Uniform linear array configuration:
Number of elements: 12
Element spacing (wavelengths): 0.25
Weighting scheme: hamming
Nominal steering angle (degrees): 0
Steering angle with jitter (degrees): -0.696
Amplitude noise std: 0.05
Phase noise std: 0.05

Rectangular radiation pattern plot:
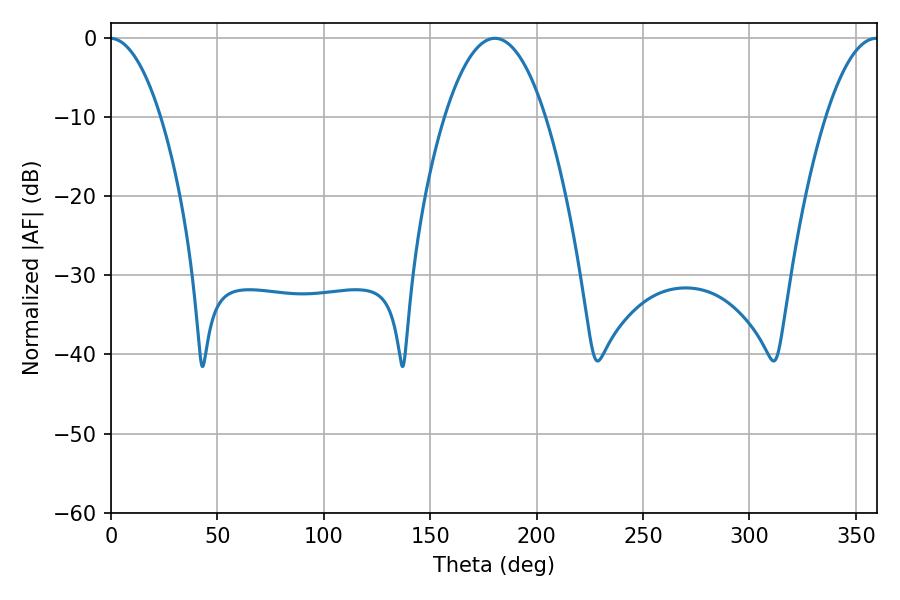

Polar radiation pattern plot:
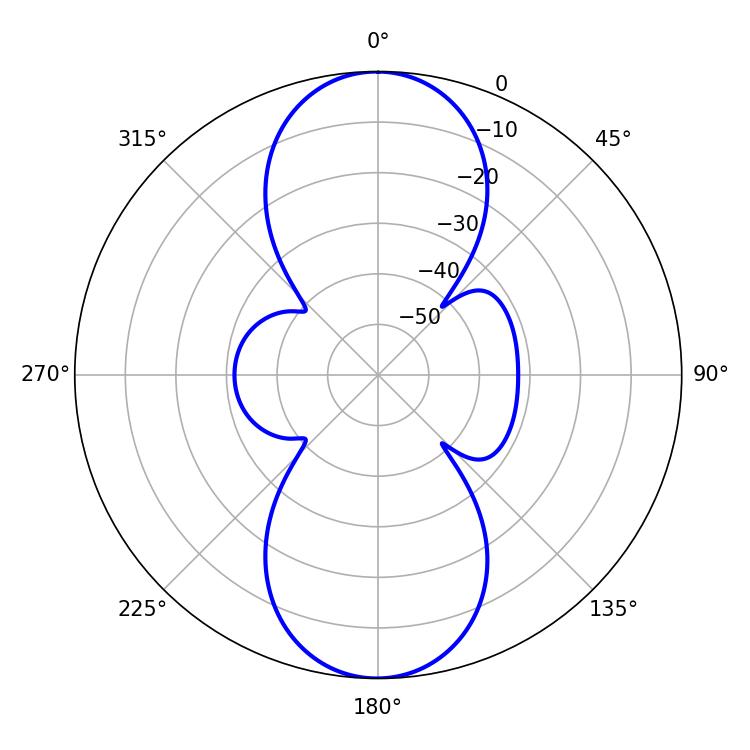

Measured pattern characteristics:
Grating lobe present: FALSE
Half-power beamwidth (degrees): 26.28
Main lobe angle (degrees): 180.36